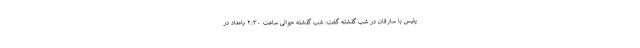
پلیس با سارقان در شب گذشته گفت: شب گذشته حوالی ساعت ۲:۳۰ بامداد در